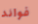
فوائد